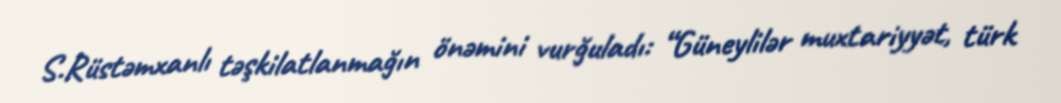
S.Rüstəmxanlı təşkilatlanmağın önəmini vurğuladı: “Güneylilər muxtariyyət, türk